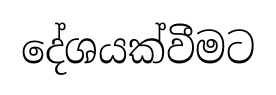
දේශයක්වීමට